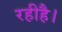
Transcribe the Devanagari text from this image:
रहीहै।